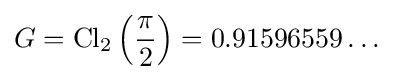
G=\operatorname {Cl} _{2}\left({\frac {\pi }{2}}\right)=0.91596559\dots